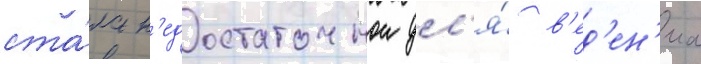
ста́ла н'едостаточнои дл'я́ в'ед'ен'иа